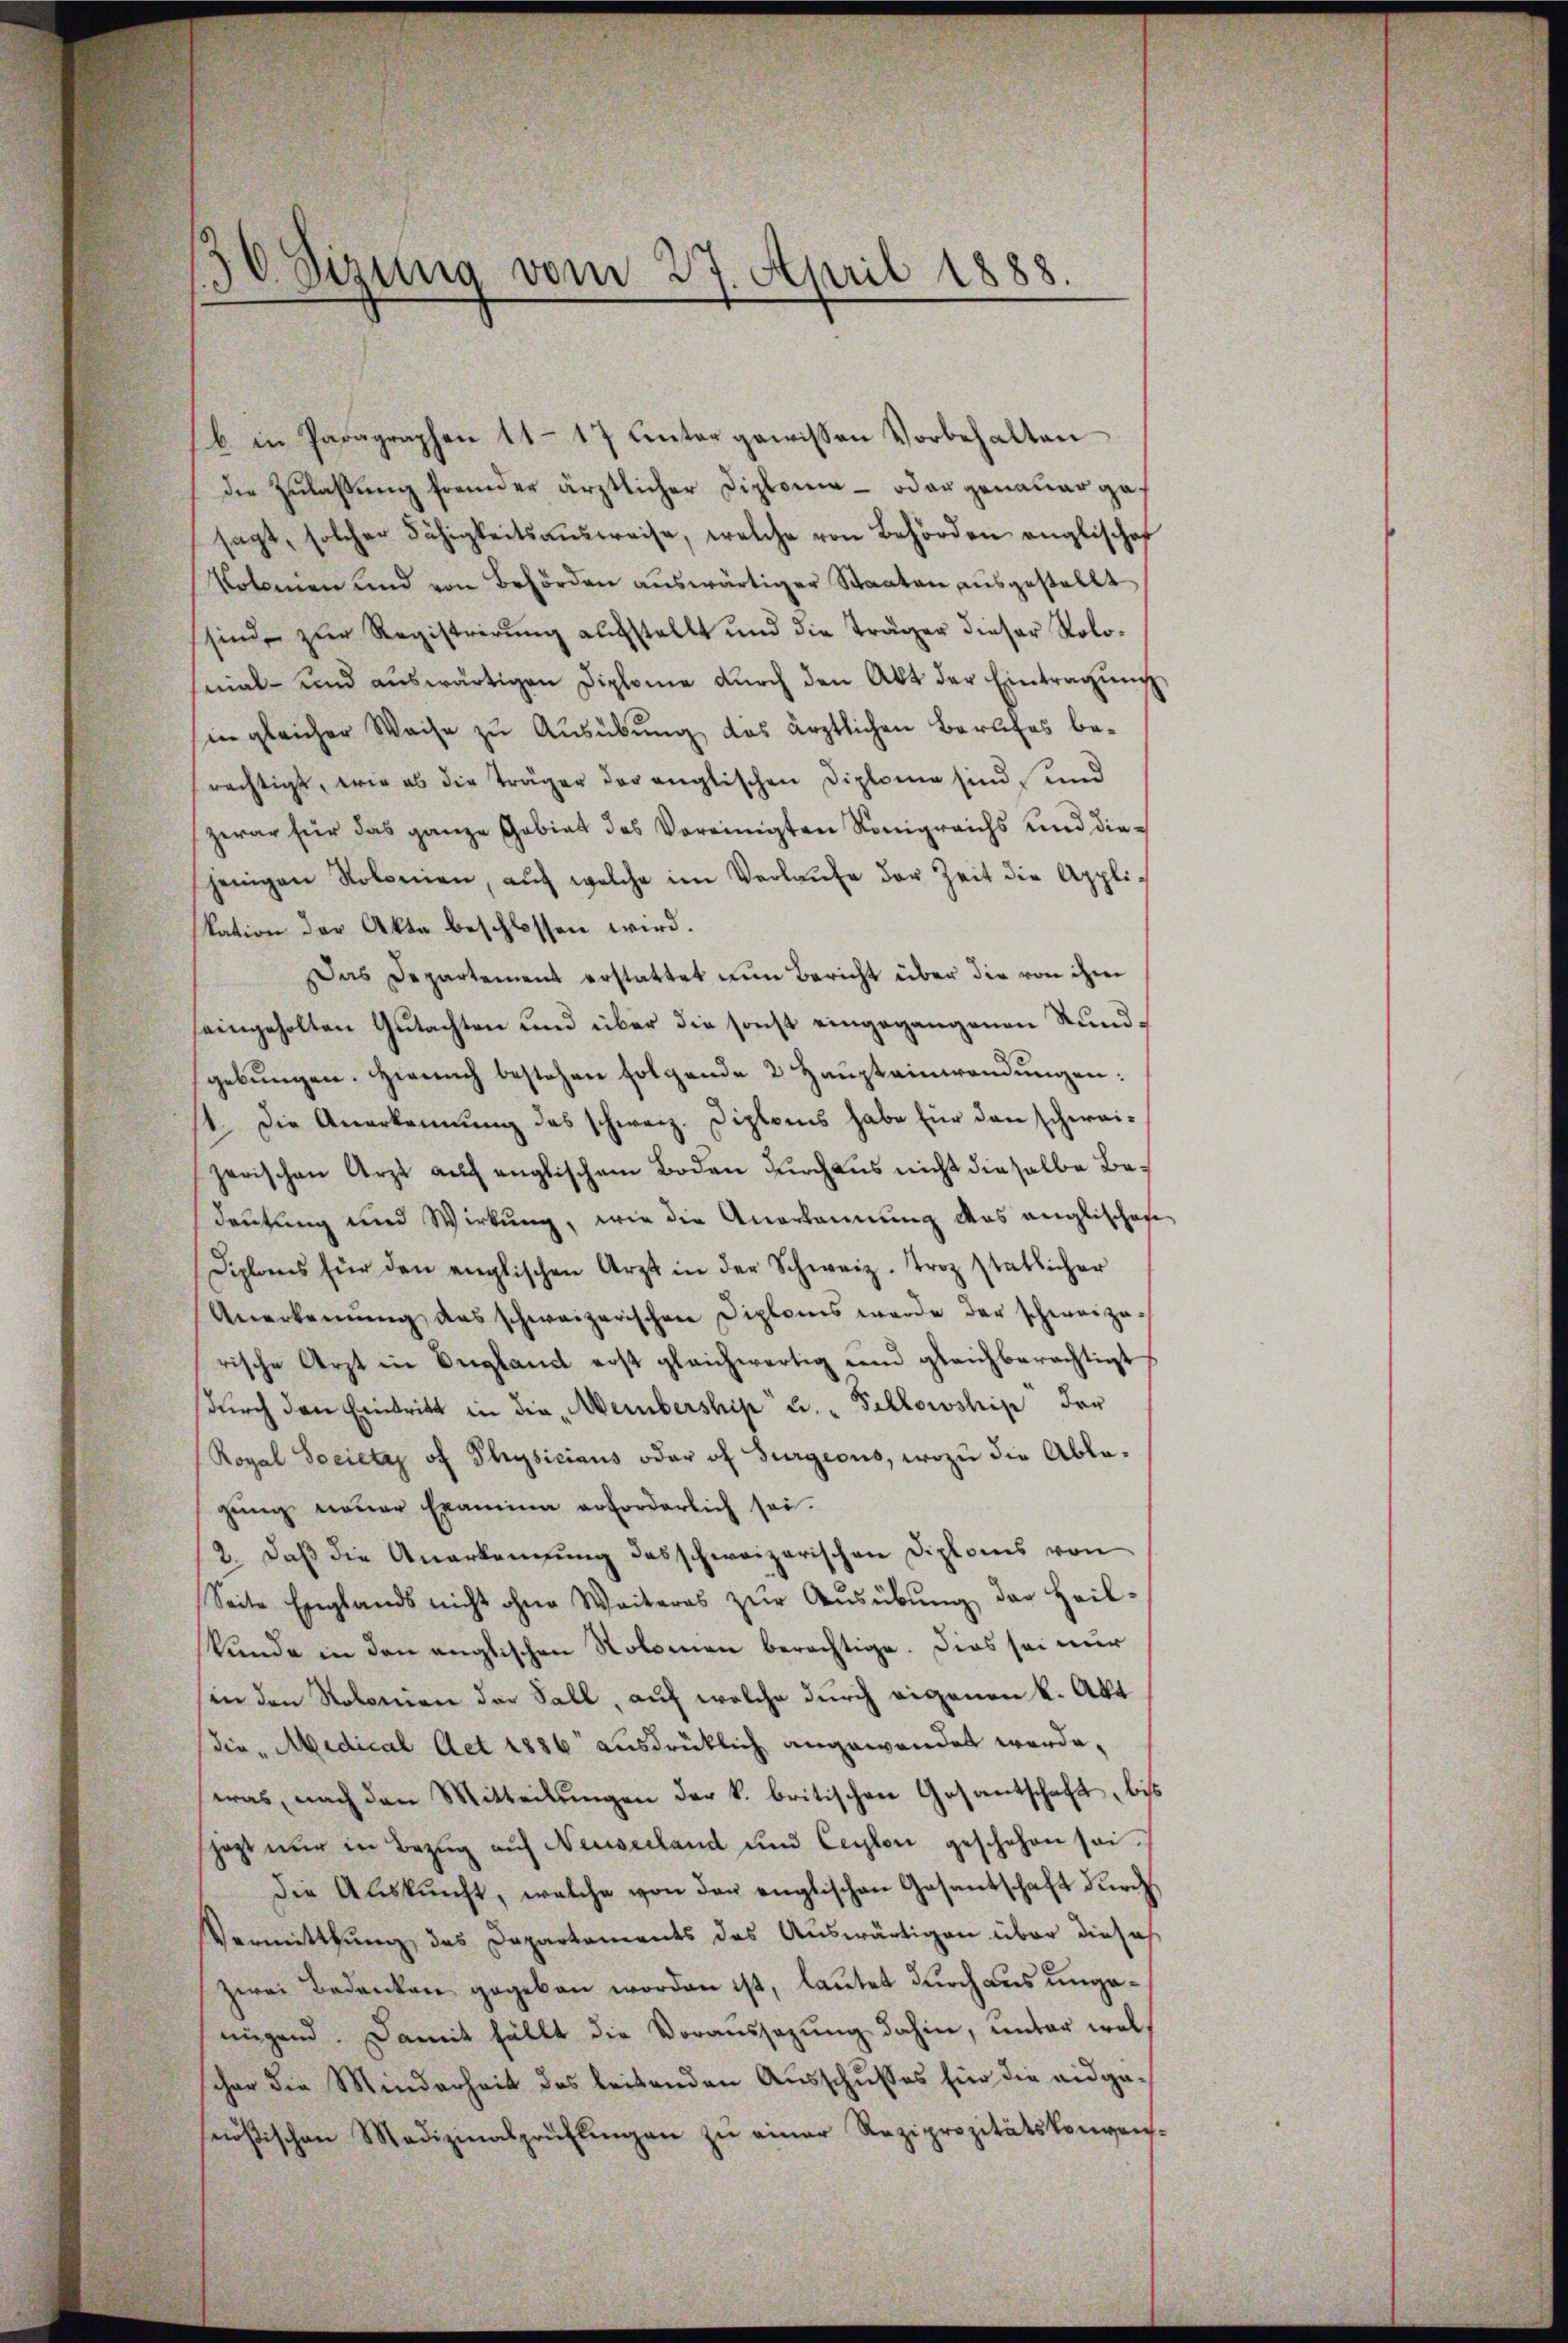
1
d. Fisung vom 27. April 1888.

b. in Paragraphen 11-17 hinter gewissen Vorbehalten
die Zulaßung fremder ärztlicher Diploma - oder genauer ga
sagt, solcher Fähigkeitsaŭsweise, welche von Behörden englischef
Kolomen und von Behörden auswärtiger Staaten ausgestellt
sind, zur Registrirŭng aufstellt und die Träger dieser Solonial- und aŭswärtigen Diplome dŭrch den Akt der Eintragŭng
in gleicher Weise zu Ausübung des ärztlichen Berufes berächtigt, wie ab die Träger der englischen Diplome sind, und
zwar für das ganze Gebiet des Vereinigten Königreichs und diejenigen Kolonien, aŭf welche im Verlaŭfe der Zeit die Appli-
kation der Akte beschlossen wird.
Das Departement erstattet nun Bericht über die von ihm
eingeholten Gutachten und über die sonst eingegangenen Rundgebungen. Hienach bestehen folgende 2 Haupteinwendungen:
1. Die Anerkennung des schweiz. Diploms habe für den schweizerischen Arzt auf anglischem Boden durchaus nicht dieselbe Bedeutung und Wirkung, wie die Anerkennung das anglischaf
Diplons für den englischen Arzt in der Schweiz. Troz statlicher
Anerkennung das schweizerischen Diploms werde der schweizerische Arzt in England erst gleichwärtig und gleichberechtigt
dŭrch den Eintritt in die Weibership" u. „Tellowship der
Royal Societry of Physicians oder of Burgeous, wozu die Abla-
gŭng neŭer Examina erforderlich sei.
2. daβ die Anerkennung des schweizerischen Diploms von
Seite Englands nicht ohne Weiteres zur Ausübung der Heilkunde in den englischen Nolomen berechtige. Dies sei nur
in den Notorien der Fall, auf welche durch eigenen k. Akt
die, Midical Aet 1886 ausdrücklich angewandet werde,
was nach den Mitteilŭngen der k. britischen Gesantschaft, bis
sjezt nur in Bezug auf Neuseeland und Ceylon geschehen sei.
die Aŭskŭnft, welche von der englischen Gasantschaft dŭrch
Vermittlung des Daparkaments das Auswärtigen über dieses
zwei Bedenken gegeben worden ist, lautet durchaus unganügend. Damit fällt die Voraussezung dahin, unter welschon die Minderheit des leitenden Ausschusses für die eidgenösischen Medizinalprüfŭngen zŭ einer Reziprozitätskonven-